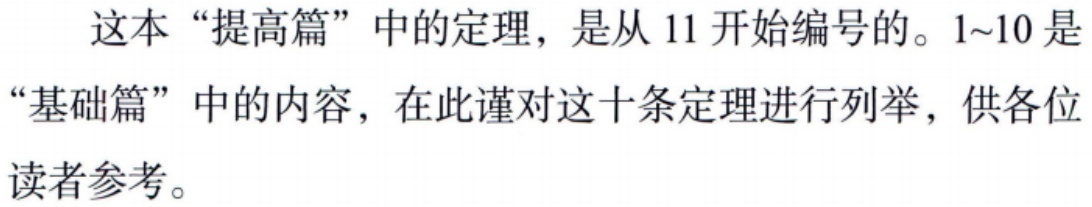
这本“提高篇”中的定理，是从 11 开始编号的。1~10 是“基础篇”中的内容，在此谨对这十条定理进行列举，供各位读者参考。